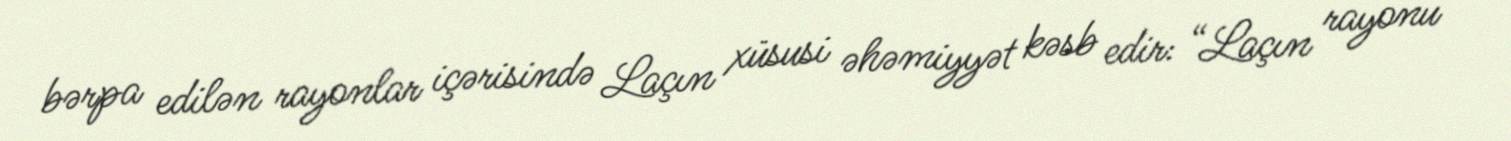
bərpa edilən rayonlar içərisində Laçın xüsusi əhəmiyyət kəsb edir: “Laçın rayonu